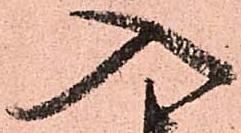
入